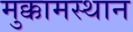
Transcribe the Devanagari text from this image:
मुक्कामस्थान